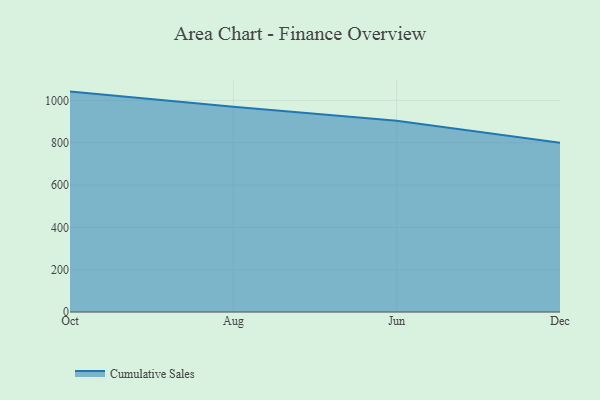
{"axis": {"x": "Month", "y": "Bounce Rate (%)"}, "legend": ["Cumulative Sales"], "data": [{"x": "Oct", "y": 1041.6, "type": "Cumulative Sales"}, {"x": "Aug", "y": 969.8, "type": "Cumulative Sales"}, {"x": "Jun", "y": 903.8, "type": "Cumulative Sales"}, {"x": "Dec", "y": 800, "type": "Cumulative Sales"}]}